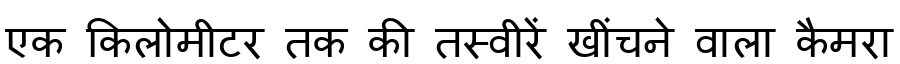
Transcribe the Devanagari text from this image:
एक किलोमीटर तक की तस्वीरें खींचने वाला कैमरा